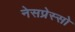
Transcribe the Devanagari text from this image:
नेसप्रेस्सो